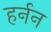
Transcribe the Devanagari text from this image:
हर्नन